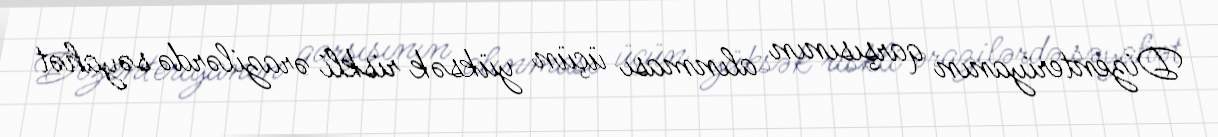
Dizenteriyanın qarşısının alınması üçün yüksək riskli ərazilərdə səyahət